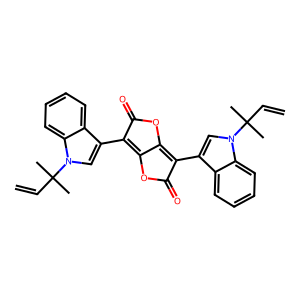
SMILES: C=CC(C)(C)n1cc(C2=C3OC(=O)C(c4cn(C(C)(C)C=C)c5ccccc45)=C3OC2=O)c2ccccc21
Inhibits HIV replication: No